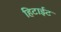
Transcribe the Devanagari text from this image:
हिटाईट